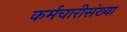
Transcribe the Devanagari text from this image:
कर्मचारीसंख्या